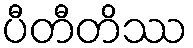
ပီတီတိဿ